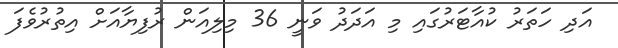
އަދި ހަތަރު ކުއާޓަރުގައި މި އަދަދު ވަނީ 36 މިލިއަން ރުފިޔާއަށް އިތުރުވެފަ